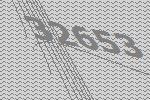
32653